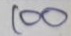
100